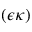
( \epsilon \kappa )